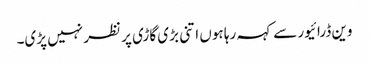
وین ڈرائیور سے کہہ رہا ہوں اتنی بڑی گاڑی پر نظر نہیں پڑی۔